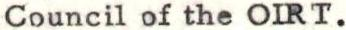
Council of the OIRT.